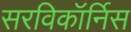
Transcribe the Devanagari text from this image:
सरविकॉर्निस